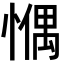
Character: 𢠉